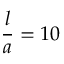
\frac { l } { a } = 1 0